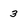
Character: 3